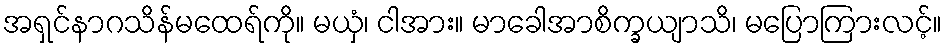
အရှင်နာဂသိန်မထေရ်ကို။ မယှံ၊ ငါအား။ မာခေါအာစိက္ခယျာသိ၊ မပြောကြားလင့်။